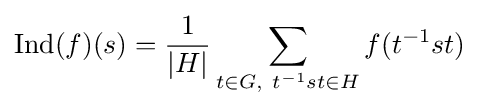
\operatorname {Ind} (f)(s)={\frac {1}{|H|}}\sum _{t\in G,\ t^{-1}st\in H}f(t^{-1}st)